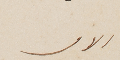
الامر